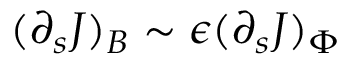
( \partial _ { s } J ) _ { B } \sim \epsilon ( \partial _ { s } J ) _ { \Phi }